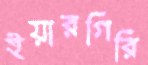
ইয়ারগিরি